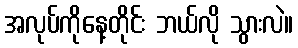
အလုပ်ကိုနေ့တိုင်း ဘယ်လို သွားလဲ။